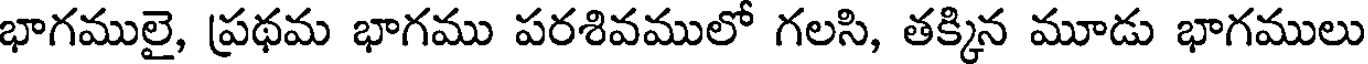
భాగములై, ప్రథమ భాగము పరశివములో గలసి, తక్కిన మూడు భాగములు